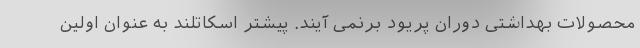
محصولات بهداشتی دوران پریود برنمی آیند. پیشتر اسکاتلند به عنوان اولین